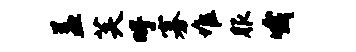
益芙吁寡堆服哦